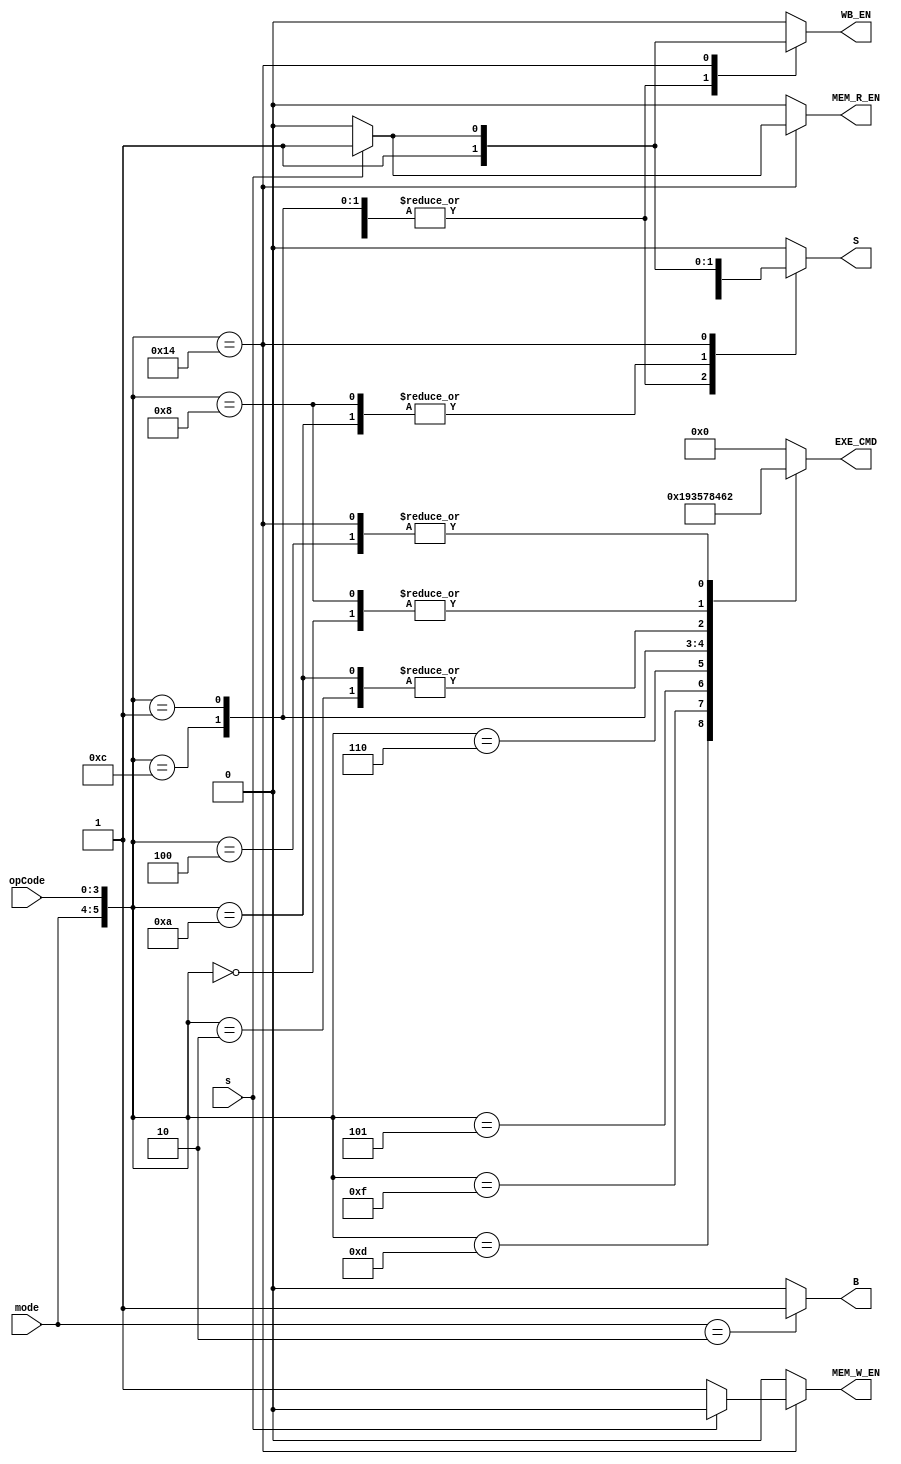
module controlUnit (
  input s,
  input[1:0] mode, 
  input [3:0] opCode,	
  output reg B,S,
  output reg [3:0] EXE_CMD,
  output reg WB_EN, MEM_R_EN, MEM_W_EN
 );


  always @(*) begin
      {B, S, EXE_CMD, WB_EN, MEM_R_EN, MEM_W_EN} <= 0;
      case ({mode, opCode})
        default: {B, S, EXE_CMD, WB_EN, MEM_R_EN, MEM_W_EN} <= 0;
		6'b001101: begin EXE_CMD <= 4'b0001; WB_EN <= 1'b1; S <= s; end
		6'b001111: begin EXE_CMD <= 4'b1001; WB_EN <= 1'b1; S <= s; end
		6'b000100: begin EXE_CMD <= 4'b0010; WB_EN <= 1'b1; S <= s; end
		6'b000101: begin EXE_CMD <= 4'b0011; WB_EN <= 1'b1; S <= s; end
		6'b000010: begin EXE_CMD <= 4'b0100; WB_EN <= 1'b1; S <= s; end
		6'b000110: begin EXE_CMD <= 4'b0101; WB_EN <= 1'b1; S <= s; end
		6'b000000: begin EXE_CMD <= 4'b0110; WB_EN <= 1'b1; S <= s; end
		6'b001100: begin EXE_CMD <= 4'b0111; WB_EN <= 1'b1; S <= s; end
		6'b000001: begin EXE_CMD <= 4'b1000; WB_EN <= 1'b1; S <= s; end
		6'b001010: begin EXE_CMD <= 4'b0100; S <= 1'b1; end
		6'b001000: begin EXE_CMD <= 4'b0110; S <= 1'b1; end
		6'b010100: begin
		if(s == 1) begin EXE_CMD <= 4'b0010; WB_EN <= 1'b1; S<=1'b1; MEM_R_EN<=1'b1; end 
		else begin EXE_CMD <= 4'b0010; MEM_W_EN<=1'b1; end
		end
      endcase
	  if(mode == 2'b10)begin B <= 1'b1;end
  end
endmodule